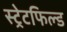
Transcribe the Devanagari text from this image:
स्ट्रेटफिल्ड